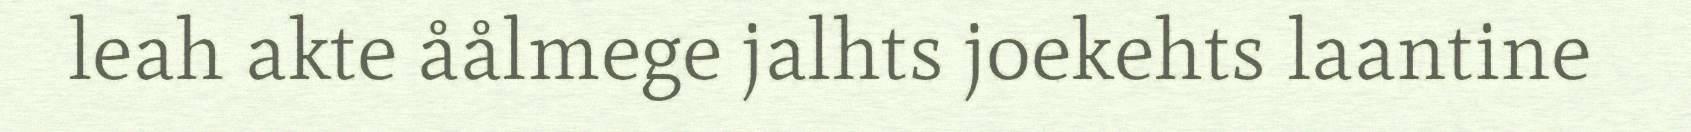
leah akte åålmege jalhts joekehts laantine